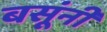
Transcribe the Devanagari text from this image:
बसूंनी